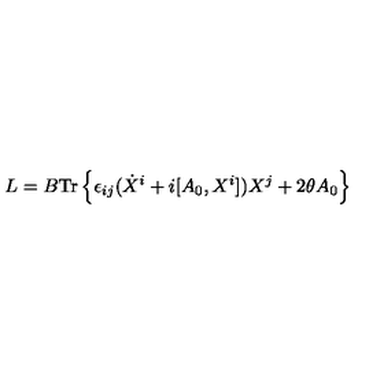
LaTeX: L = B \mathrm { { T r } } \left\{ \epsilon _ { i j } ( \dot { X } ^ { i } + i [ A _ { 0 } , X ^ { i } ] ) X ^ { j } + 2 \theta A _ { 0 } \right\}